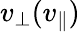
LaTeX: v_{\perp}(v_{\parallel})